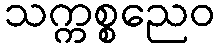
သက္ကစ္စညေဝ